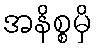
အနိစ္စမှိ